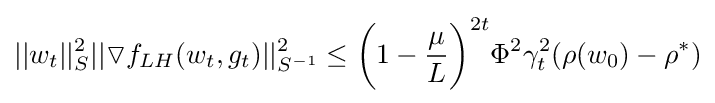
||w_{t}||_{S}^{2}||\triangledown f_{LH}(w_{t},g_{t})||_{S^{-1}}^{2}\leq {\bigg (}1-{\frac {\mu }{L}}{\bigg )}^{2t}\Phi ^{2}\gamma _{t}^{2}(\rho (w_{0})-\rho ^{*})